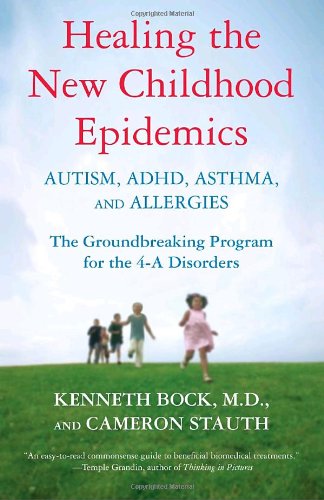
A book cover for Healing the New Childhood Epidemics: Autism, ADHD, Asthma, and Allergies: The Groundbreaking Program for the 4-A Disorders; Kenneth Bock; Parenting & Relationships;